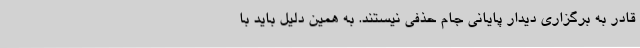
قادر به برگزاری دیدار پایانی جام حذفی نیستند. به همین دلیل باید با